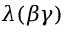
\lambda ( \beta \gamma )